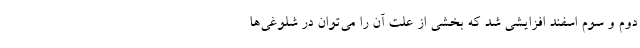
دوم و سوم اسفند افزایشی شد که بخشی از علت آن را می‌توان در شلوغی‌ها